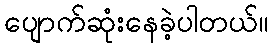
ပျောက်ဆုံးနေခဲ့ပါတယ်။